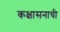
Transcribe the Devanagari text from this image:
कक्षासनाची